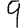
Digit: 9